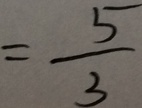
= \frac { 5 } { 3 }